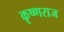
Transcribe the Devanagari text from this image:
कृष्‍णराज